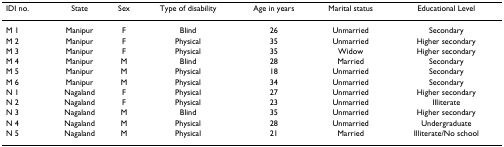
<table><thead><tr><td><b>IDI no.</b></td><td><b>State</b></td><td><b>Sex</b></td><td><b>Type of disability</b></td><td><b>Age in years</b></td><td><b>Marital status</b></td><td><b>Educational Level</b></td></tr></thead><tbody><tr><td>M 1</td><td>Manipur</td><td>F</td><td>Blind</td><td>26</td><td>Unmarried</td><td>Secondary</td></tr><tr><td>M 2</td><td>Manipur</td><td>F</td><td>Physical</td><td>35</td><td>Unmarried</td><td>Higher secondary</td></tr><tr><td>M 3</td><td>Manipur</td><td>F</td><td>Physical</td><td>35</td><td>Widow</td><td>Higher secondary</td></tr><tr><td>M 4</td><td>Manipur</td><td>M</td><td>Blind</td><td>28</td><td>Married</td><td>Secondary</td></tr><tr><td>M 5</td><td>Manipur</td><td>M</td><td>Physical</td><td>18</td><td>Unmarried</td><td>Secondary</td></tr><tr><td>M 6</td><td>Manipur</td><td>M</td><td>Physical</td><td>34</td><td>Unmarried</td><td>Secondary</td></tr><tr><td>N 1</td><td>Nagaland</td><td>F</td><td>Physical</td><td>27</td><td>Unmarried</td><td>Higher secondary</td></tr><tr><td>N 2</td><td>Nagaland</td><td>F</td><td>Physical</td><td>23</td><td>Unmarried</td><td>Illiterate</td></tr><tr><td>N 3</td><td>Nagaland</td><td>M</td><td>Blind</td><td>35</td><td>Unmarried</td><td>Higher secondary</td></tr><tr><td>N 4</td><td>Nagaland</td><td>M</td><td>Physical</td><td>28</td><td>Unmarried</td><td>Undergraduate</td></tr><tr><td>N 5</td><td>Nagaland</td><td>M</td><td>Physical</td><td>21</td><td>Married</td><td>Illiterate/No school</td></tr></tbody></table>